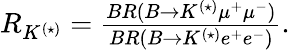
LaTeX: \begin{array}{r}{R_{K^{(\star)}}=\frac{BR(B\to K^{(\star)}\mu^{+}\mu^{-})}{BR(B\to K^{(\star)}e^{+}e^{-})}.}\end{array}